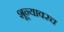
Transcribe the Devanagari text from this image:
शून्यावरच